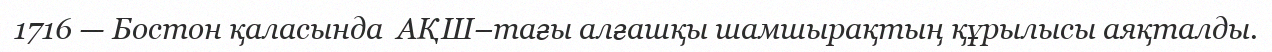
1716 — Бостон қаласында  АҚШ–тағы алғашқы шамшырақтың құрылысы аяқталды.